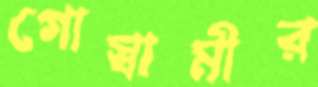
গোস্বামীর